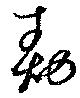
勣